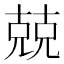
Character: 兢